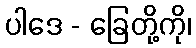
ပါဒေ - ခြေတို့ကို၊